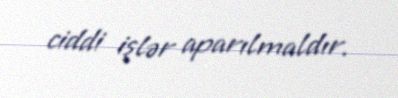
ciddi işlər aparılmaldır.